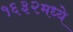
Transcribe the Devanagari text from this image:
१६३२मध्ये